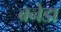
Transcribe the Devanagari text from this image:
बनेडा